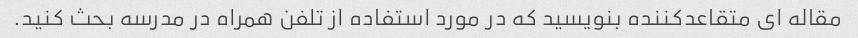
مقاله ای متقاعدکننده بنویسید که در مورد استفاده از تلفن همراه در مدرسه بحث کنید.